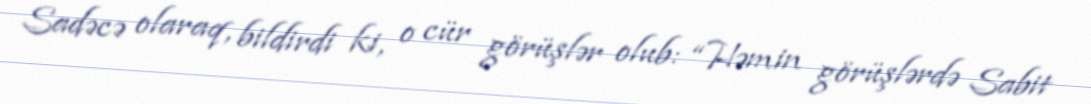
Sadəcə olaraq, bildirdi ki, o cür görüşlər olub: “Həmin görüşlərdə Sabit